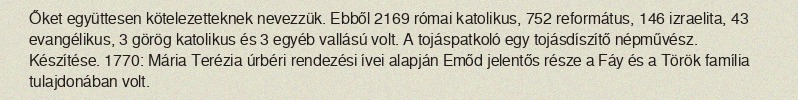
Őket együttesen kötelezetteknek nevezzük. Ebből 2169 római katolikus, 752 református, 146 izraelita, 43 evangélikus, 3 görög katolikus és 3 egyéb vallású volt. A tojáspatkoló egy tojásdíszítő népművész. Készítése. 1770: Mária Terézia úrbéri rendezési ívei alapján Emőd jelentős része a Fáy és a Török família tulajdonában volt.